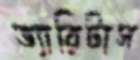
ভ্যারিটাস